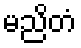
မညိတံ